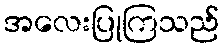
အလေးပြုကြသည်